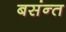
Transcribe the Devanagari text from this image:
बसंन्त